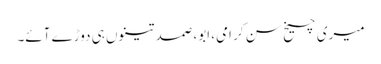
میری چیخ سن کر امی، ابو، صمد تینوں ہی دوڑے آئے۔